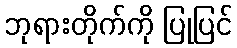
ဘုရားတိုက်ကို ပြုပြင်